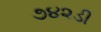
૭૪૨ડી